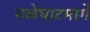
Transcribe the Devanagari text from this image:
मळेघाटमार्गे